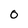
Character: O